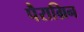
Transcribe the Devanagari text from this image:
पैराग्रिन